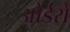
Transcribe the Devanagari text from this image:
ओर्डरों